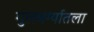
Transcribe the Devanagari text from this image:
गुलबर्ग्यातला